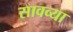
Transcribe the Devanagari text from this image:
सावव्या